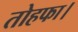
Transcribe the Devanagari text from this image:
तोहफा।